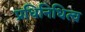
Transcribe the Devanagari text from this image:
प्रधिनिधित्व